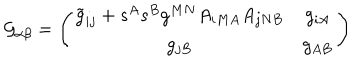
{ \cal G } _ { \alpha \beta } = \left( \begin{matrix} { { \tilde { g } _ { i j } + s ^ { A } s ^ { B } g ^ { M N } A _ { i M A } A _ { j N B } } } & { { g _ { i A } } } \\ { { g _ { j B } } } & { { g _ { A B } } } \\ \end{matrix} \right)